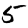
Digit: 5